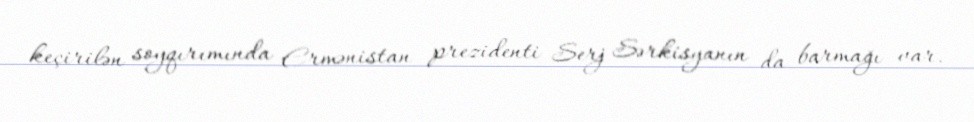
keçirilən soyqırımında Ermənistan prezidenti Serj Sərkisyanın da barmağı var.